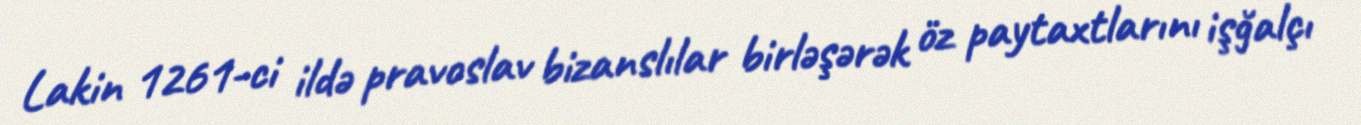
Lakin 1261-ci ildə pravoslav bizanslılar birləşərək öz paytaxtlarını işğalçı